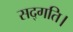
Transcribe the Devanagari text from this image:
सद्गति।